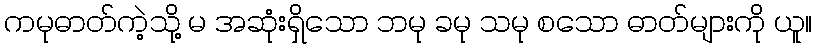
ကမုဓာတ်ကဲ့သို့ မ အဆုံးရှိသော ဘမု ခမု သမု စသော ဓာတ်များကို ယူ။